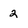
Character: 2